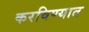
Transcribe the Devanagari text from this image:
करविण्यात